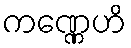
ကဏ္ဏေဟိ